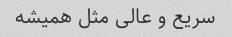
سریع و عالی مثل همیشه